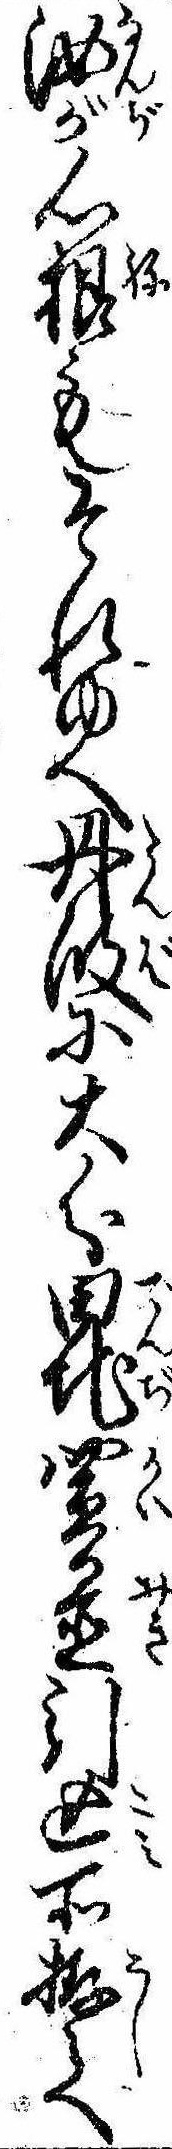
汝が心根もそれゆへ丹波に大分田地買置引込所拵らへ